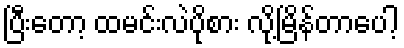
ပြီးတော့ ထမင်းလဲပိုစား လို့မြိန်တာပေါ့